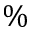
\%